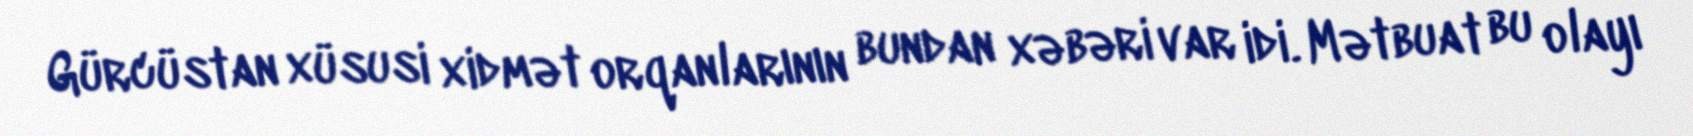
Gürcüstan xüsusi xidmət orqanlarının bundan xəbəri var idi. Mətbuat bu olayı